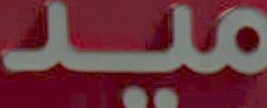
مید